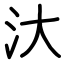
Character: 汏